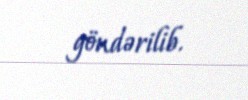
göndərilib.